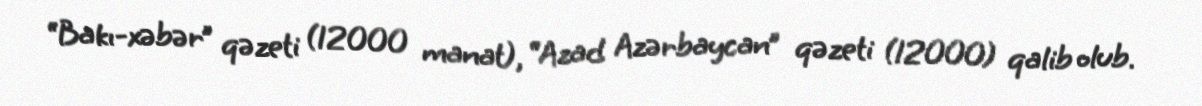
“Bakı-xəbər” qəzeti (12000 manat), “Azad Azərbaycan” qəzeti (12000) qalib olub.